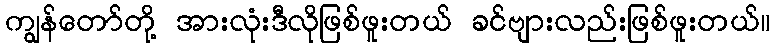
ကျွန်တော်တို့ အားလုံးဒီလိုဖြစ်ဖူးတယ် ခင်ဗျားလည်းဖြစ်ဖူးတယ်။